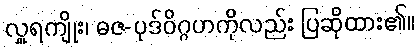
လှူရကျိုး၊ ဓဇ-ပုဒ်ဝိဂ္ဂဟကိုလည်း ပြဆိုထား၏။